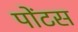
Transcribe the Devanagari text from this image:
पोंटस